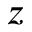
z